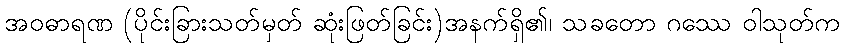
အဝဓာရဏ (ပိုင်းခြားသတ်မှတ် ဆုံးဖြတ်ခြင်း)အနက်ရှိ၏၊ သခတော ဂဿေ ဝါသုတ်က